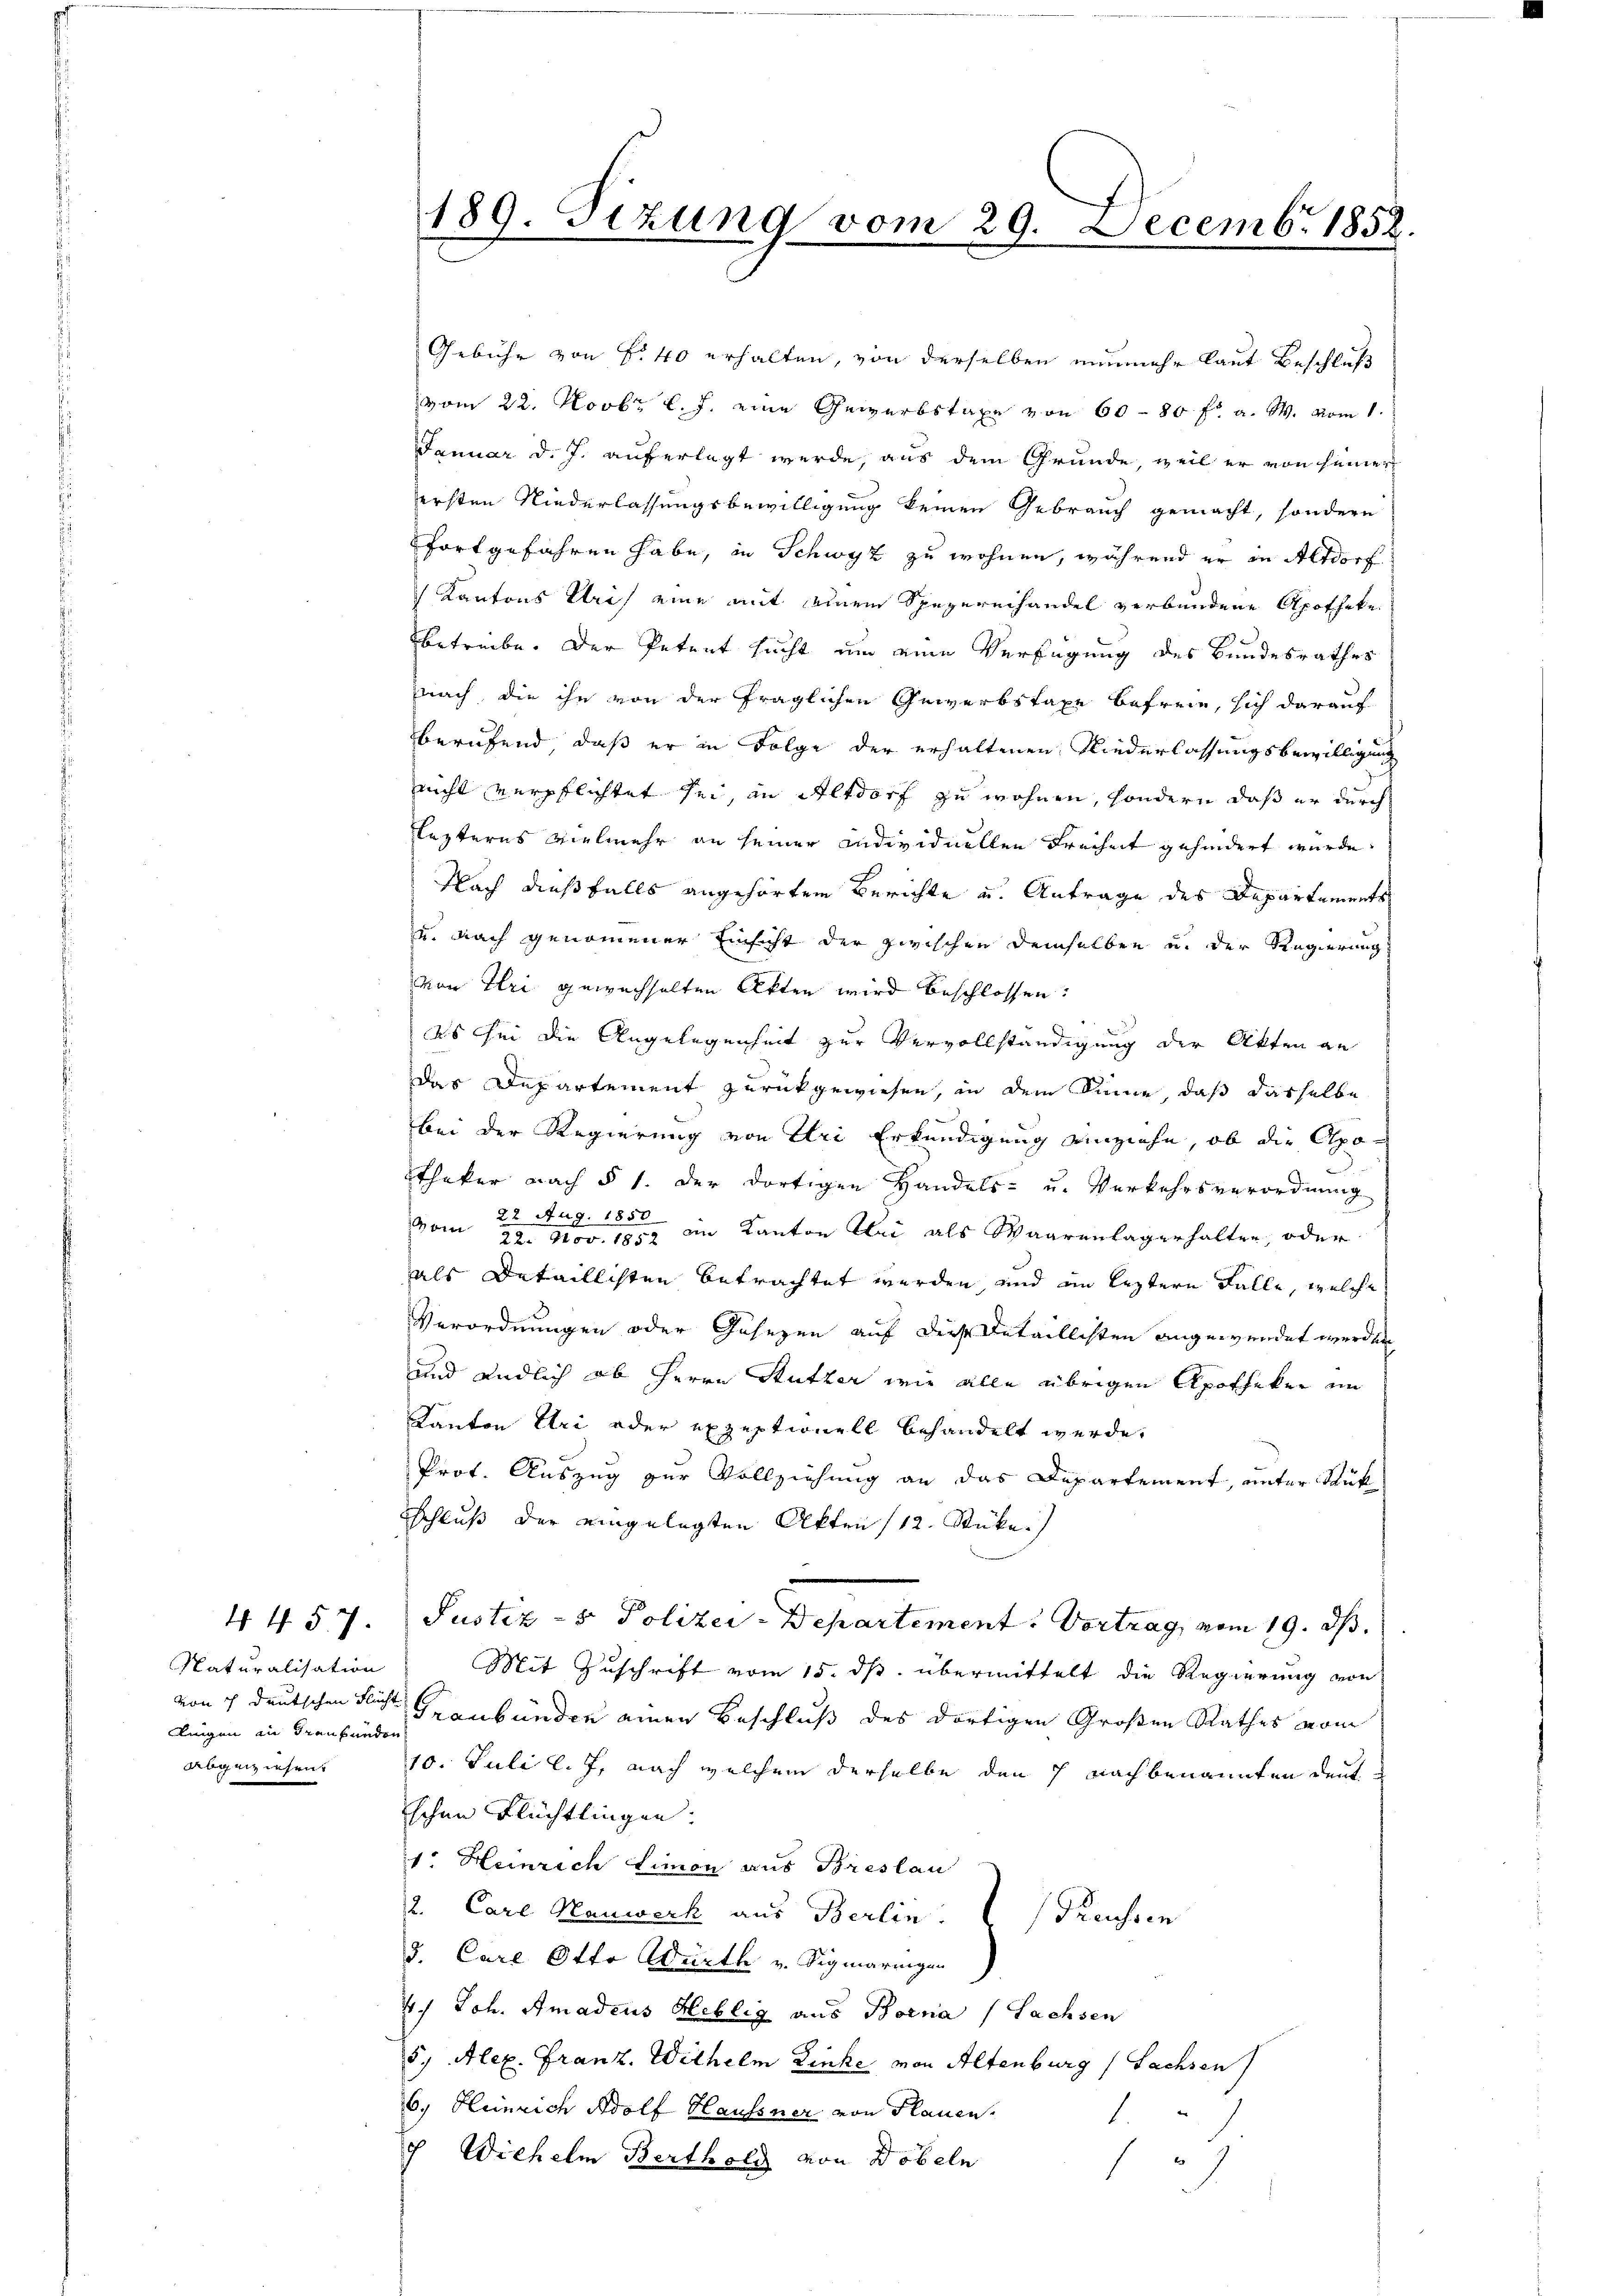
Naturalisation
lingen in draubünden
abgewiesen.

Gebühr von § 40 erhalten, von derselben nunmehr laut Beschluß
vom 22. Novbr. l. J. eine Gewerbstaxe von 60 - 80 fr a. W. vom 1.
Januar d. J. auferlegt werde, aus dem Grunde, weil er von seiner
ersten Niederlassungsbewilligung keinen Gebrauch gemacht, sondern
fortgefahren habe, in Schwyz zu wohnen, während er in Altdorf
Kantons Uri eine mit einem Spezereihandel verbundene Apotheke
betreibe. Der Petent sucht um eine Verfügung des Bundesrathes
nach, die ihn von der fraglichen Gewerbstaxe befreie, sich darauf
berufend, daß er in Folge der erhaltenen Niederlassungsbewilligung
nicht verpflichtet sei, an Altdorf zu wohnen, sondern daß er durch
lezteres vielmehr an seiner Individuellen Freiheit gehindert wurde.
Nach dießfalls angehörten Berichte und Antrage des Departements
ud nach genommener Einsicht der zwischen demselben u. der Regierung
von Uri gewachhalten Akten wird beschlossen:
Es sei die Angelegenheit zur Vervollständigung der Akten an
das Departement zurückgewiesen, in dem Sinne, daß dasselbe
bei der Regierung von Uri Erkundigung einziehe, ob die Apo¬
Thaker nach § 1. der dortigen Handels- u. Verkehrsverordnung
22
tag. 1850
vom 22. Nov. 1954 im Kanton Klei als Waarenlagerhalten, oder
als Detaillichten betrachtet werden, und im leztern Falle, welche
Verordnungen oder Gesezen auf diese Detaillichten angewendet werden
und endlich ob Herrn Stutzer wie alle übrigen Apotheker im
Kanton Uri oder exzeptionell behandelt werde,
Prot. Auszug zur Vollziehung an das Departement, unter Stück
Schluß der eingelegten Akten /12. Stücke.
.
4457. Justiz- & Polizei-Departement: Vortrag, vom 19. ds.
Mit Zuschrift vom 15. ds. übermittelt die Regierung von
von 7 deutschen Richt Graubünden einen Beschluß des dortigen Großen Rathes vom
10. Juli l. J. nach welchem derselbe den 7 nachbenannten deut
schen Flüchtlingen.
1. Heinrich Limon aus Breslau
2. Carl Manwerk aus Berlin. Kreissen
3. Carl Otto Würth v. Sigmaringen
4.) Joh. Amadeus Hellig aus Borna (Sachsen
5, Alex. Franz. Wilhelm Dinke von Altenburg (Sachsen
6. Heinrich Adolf Haussner von Plauen.
1
7 Wichelm Bertholz von Döbeln
1

189. Sizung vom 29. Decemb. 1852.